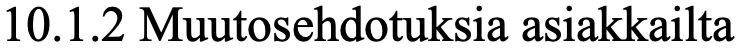
10.1.2 Muutosehdotuksia asiakkailta